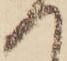
へ